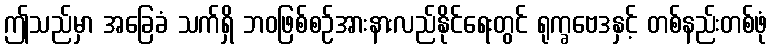
ဤသည်မှာ အခြေခံ သက်ရှိ ဘဝဖြစ်စဉ်အားနားလည်နိုင်ရေးတွင် ရုက္ခဗေဒနှင့် တစ်နည်းတစ်ဖုံ